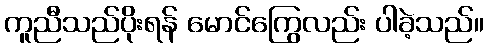
ကူညီသည်ပိုးရန် မောင်ကြွေလည်း ပါခဲ့သည်။